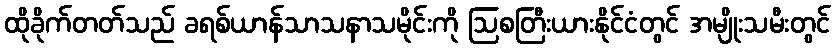
ထိုခိုက်တတ်သည် ခရစ်ယာန်သာသနာသမိုင်းကို ဩစတြီးယားနိုင်ငံတွင် အမျိုးသမီးတွင်